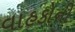
વાહકોની